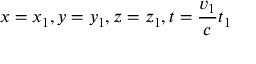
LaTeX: x = x _ { 1 } , y = y _ { 1 } , z = z _ { 1 } , t = \frac { v _ { 1 } } c t _ { 1 }